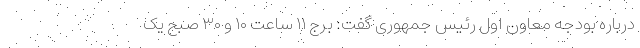
درباره بودجه معاون اول رئیس جمهوری گفت: برج ۱۱ ساعت ۱۰ و ۳۰ صبح یک